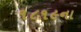
૧૮૧૯ના